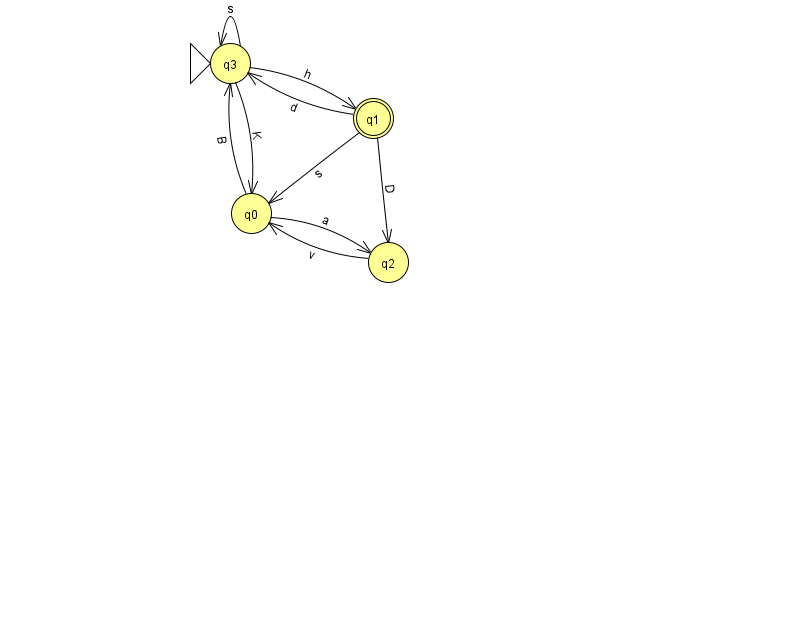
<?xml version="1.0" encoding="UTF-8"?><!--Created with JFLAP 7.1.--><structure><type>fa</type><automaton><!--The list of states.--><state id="0" name="q0"><x>251.0</x><y>200.0</y></state><state id="1" name="q1"><x>373.0</x><y>105.0</y><final/></state><state id="2" name="q2"><x>388.0</x><y>249.0</y></state><state id="3" name="q3"><x>230.0</x><y>50.0</y><initial/></state><!--The list of transitions.--><transition><from>0</from><to>2</to><read>a</read></transition><transition><from>0</from><to>3</to><read>B</read></transition><transition><from>3</from><to>3</to><read>s</read></transition><transition><from>2</from><to>0</to><read>v</read></transition><transition><from>3</from><to>1</to><read>h</read></transition><transition><from>1</from><to>2</to><read>D</read></transition><transition><from>3</from><to>0</to><read>K</read></transition><transition><from>1</from><to>3</to><read>d</read></transition><transition><from>1</from><to>0</to><read>s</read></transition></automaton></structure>